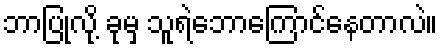
ဘာပြုလို့ ခုမှ သူရဲဘောကြောင်နေတာလဲ။